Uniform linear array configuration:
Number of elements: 4
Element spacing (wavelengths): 0.5
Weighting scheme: kaiser
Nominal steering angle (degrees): -30
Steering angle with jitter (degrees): -31.737
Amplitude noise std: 0.05
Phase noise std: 0.05

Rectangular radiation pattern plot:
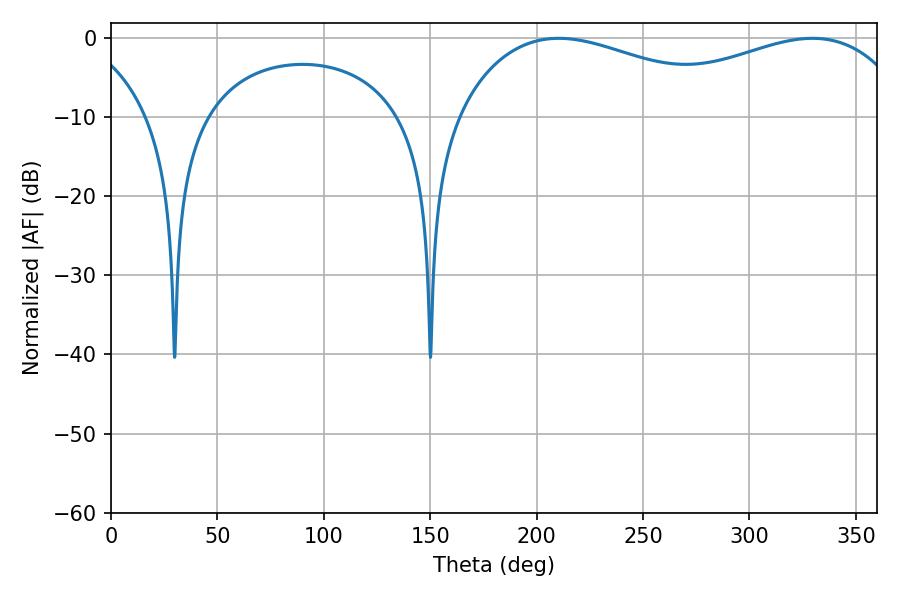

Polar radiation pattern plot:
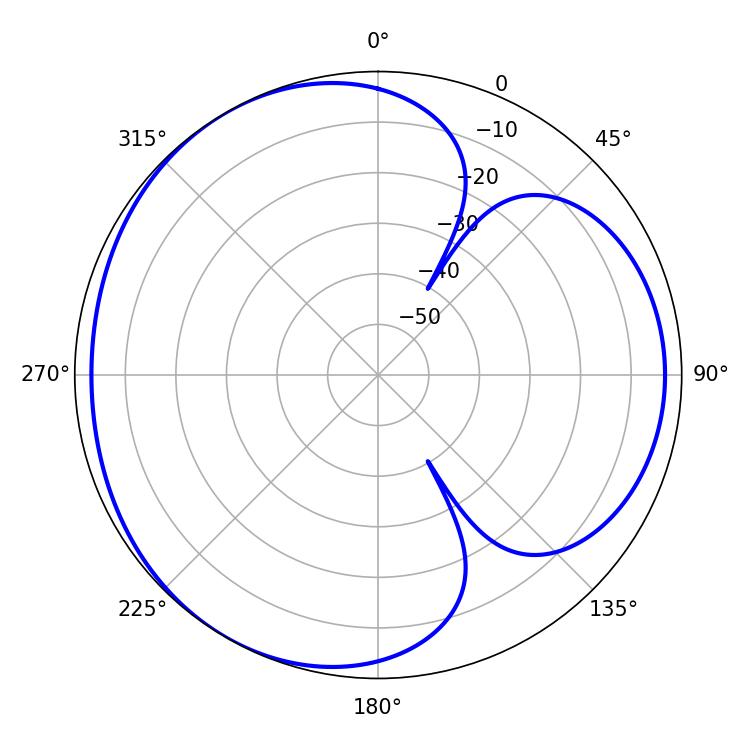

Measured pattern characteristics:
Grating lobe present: FALSE
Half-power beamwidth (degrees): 76.68
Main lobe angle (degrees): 210.42